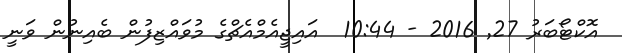
އޮކްޓޯބަރު 27